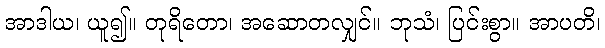
အာဒါယ၊ ယူ၍။ တုရိတော၊ အဆောတလျှင်။ ဘုသံ၊ ပြင်းစွာ။ အာပတိ၊